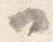
か